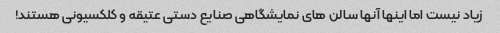
زیاد نیست اما اینها آنها سالن های نمایشگاهی صنایع دستی عتیقه و کلکسیونی هستند!